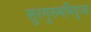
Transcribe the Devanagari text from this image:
सुरगुरुमभिपूज्य